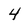
Character: 4